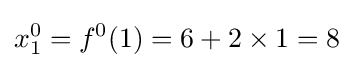
x_{1}^{0}=f^{0}(1)=6+2\times 1=8